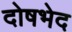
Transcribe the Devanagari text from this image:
दोषभेद